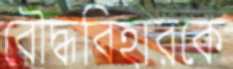
বৌদ্ধবিহারকে